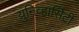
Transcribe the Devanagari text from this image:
युनिव्हार्सिटी